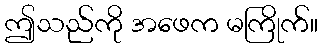
ဤသည်ကို အဖေက မကြိုက်။